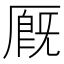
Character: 厩